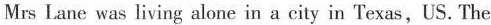
Mrs Lane was living alone in a city in Texas, US. The